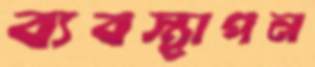
ব্যবস্থাপন